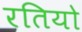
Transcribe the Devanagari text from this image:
रतियो